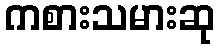
ကစားသမားဆု